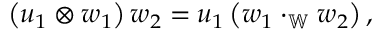
\left( \boldsymbol { u } _ { 1 } \otimes \boldsymbol { w } _ { 1 } \right) \boldsymbol { w } _ { 2 } = \boldsymbol { u } _ { 1 } \left( \boldsymbol { w } _ { 1 } \cdot _ { \mathbb { W } } \boldsymbol { w } _ { 2 } \right) ,